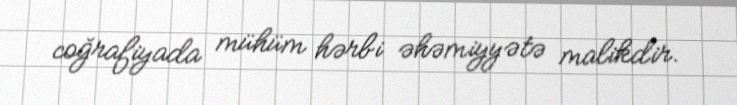
coğrafiyada mühüm hərbi əhəmiyyətə malikdir.